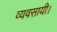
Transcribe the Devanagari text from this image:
व्यवसायी।